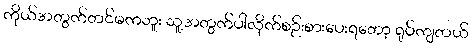
ကိုယ်အတွက်တင်မကဘူး သူ့အတွက်ပါလိုက်စဉ်းစားပေးရတော့ ရုပ်ကျတယ်